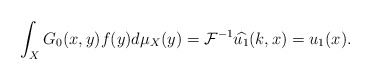
\begin{align*}\int_X G_0(x,y)f(y)d\mu_{X}(y)=\mathcal{F}^{-1}\widehat{u_1}(k,x)=u_1(x).\end{align*}